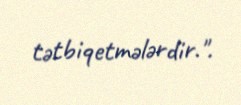
tətbiqetmələrdir.".